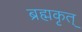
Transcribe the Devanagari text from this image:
ब्रह्मकृत्